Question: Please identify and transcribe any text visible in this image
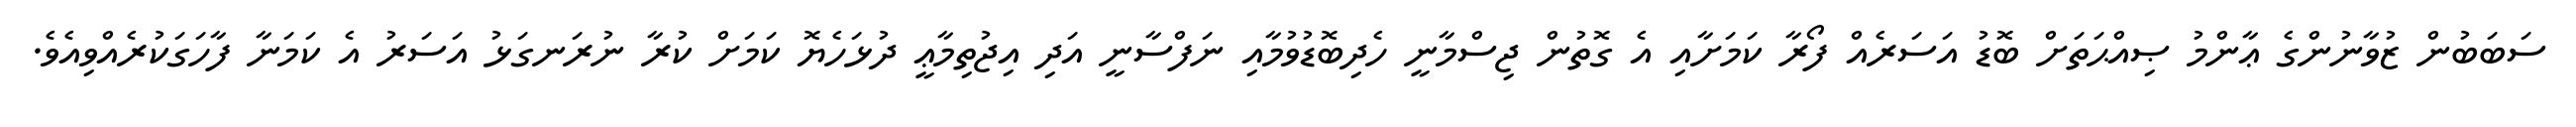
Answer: ސަބަބުން ޒުވާނުންގެ ޢާންމު ޞިއްޙަތަށް ބޮޑު އަސަރެއް ފޯރާ ކަމަށާއި އެ ގޮތުން ޖިސްމާނީ ހެދިބޮޑުވުމާއި ނަފްސާނީ އަދި އިޖުތިމާޢީ ދުޅަހެޔޮ ކަމަށް ކުރާ ނުރަނގަޅު އަސަރު އެ ކަމަނާ ފާހަގަކުރެއްވިއެވެ.